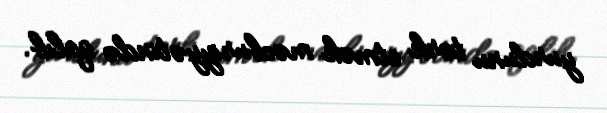
yurdunu tərk etmək məcburiyyətində qalıb.